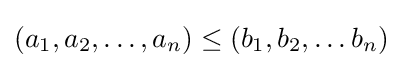
(a_{1},a_{2},\dots ,a_{n})\leq (b_{1},b_{2},\dots b_{n})